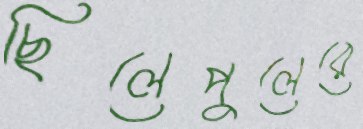
ছিলেপুলেরে